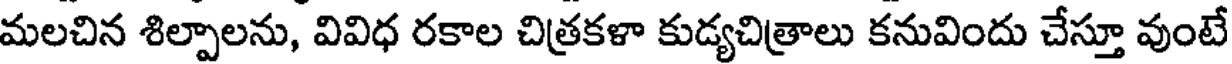
మలచిన శిల్పాలను, వివిధ రకాల చిత్రకళా కుడ్యచిత్రాలు కనువిందు చేస్తూ వుంటే